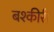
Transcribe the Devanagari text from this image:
बश्कीरी